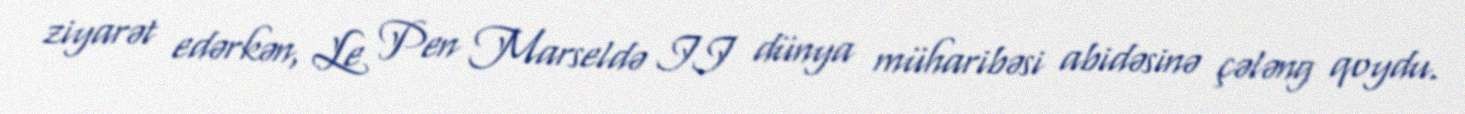
ziyarət edərkən, Le Pen Marseldə II dünya müharibəsi abidəsinə çələng qoydu.